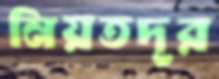
নিয়তদূর